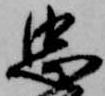
忠